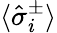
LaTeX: \langle\hat{\sigma}_{i}^{\pm}\rangle